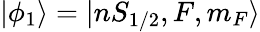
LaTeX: |\phi_{1}\rangle=|nS_{1/2},F,m_{F}\rangle